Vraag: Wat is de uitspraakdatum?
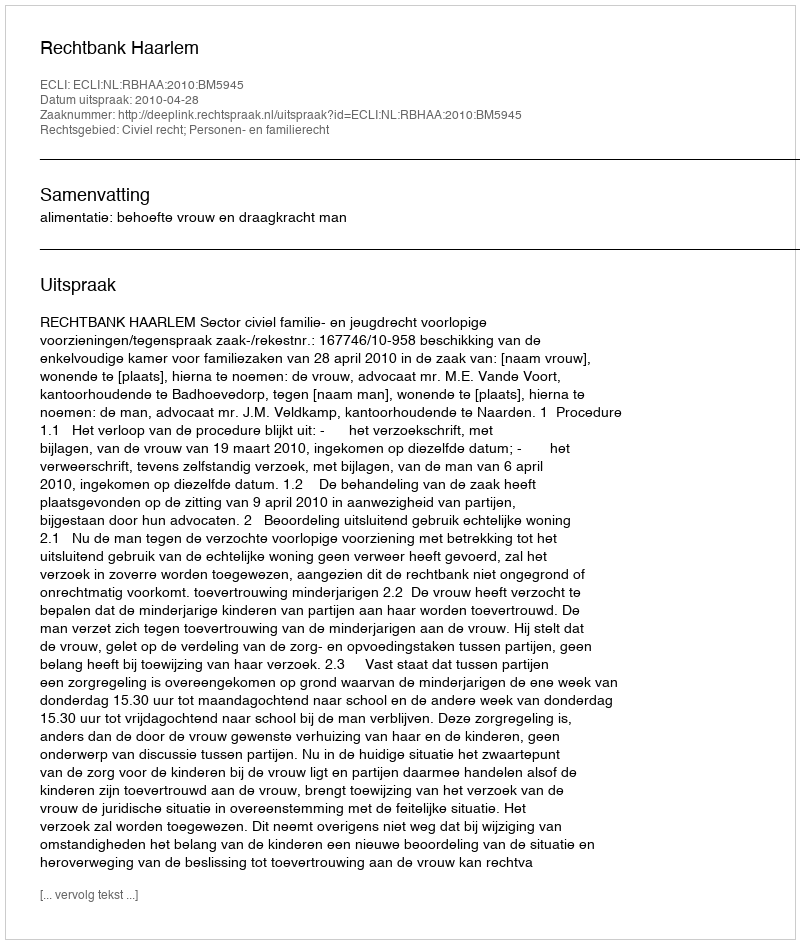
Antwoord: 2010-04-28